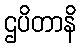
ဌပိတာနိ